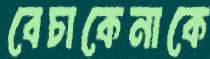
বেচাকেনাকে